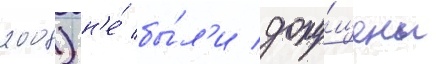
2008) н'е́ бы́л'и допу́щены